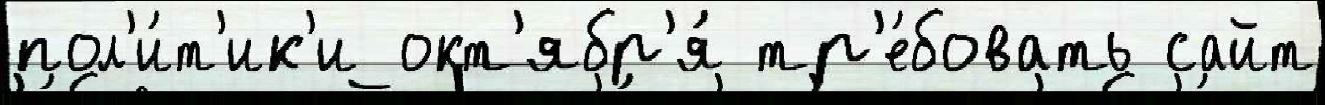
пол'и́т'ик'и окт'ябр'я́ тр'е́бовать сайт